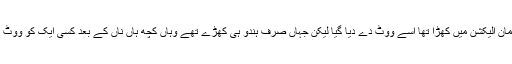
جہاں کوئی مسلمان الیکشن میں کھڑا تھا اسے ووٹ دے دیا گیا لیکن جہاں صرف ہندو ہی کھڑے تھے وہاں کچھ ہاں ناں کے بعد کسی ایک کو ووٹ دے دئیے گئے۔